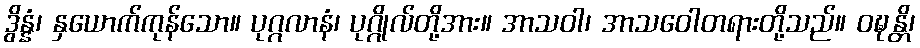
ဒွိန္နံ၊ နှယောက်ကုန်သော။ ပုဂ္ဂလာနံ၊ ပုဂ္ဂိုလ်တို့အား။ အာသဝါ၊ အာသဝေါတရားတို့သည်။ ဝဍ္ဎန္တိ၊